Indian journal of veterinary science and animal husbandry - Volume 1,
Year: 1931
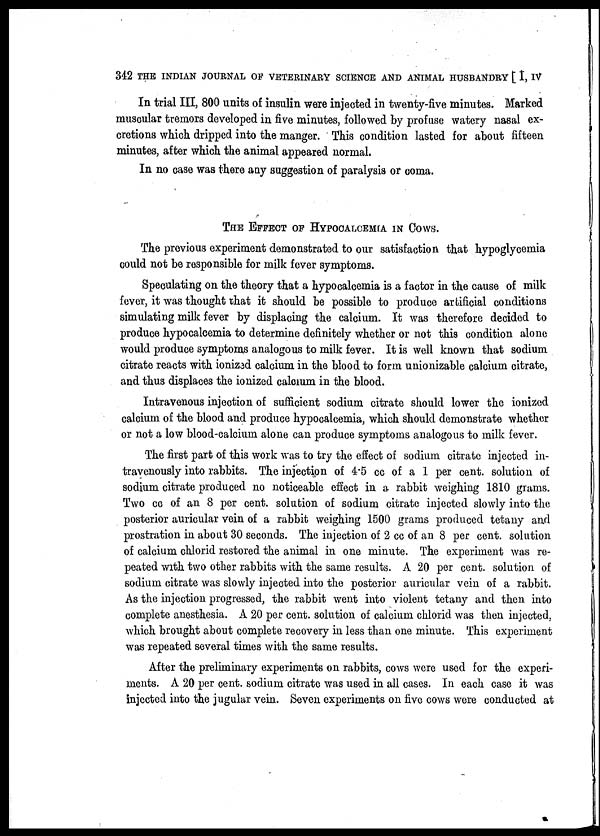
342 THE INDIAN JOURNAL OF VETERINARY SCIENCE AND ANIMAL HUSBANDRY [ I, IV
In trial III, 800 units of insulin were injected in twenty-five minutes. Marked
muscular tremors developed in five minutes, followed by profuse watery nasal ex-
cretions which dripped into the manger. This condition lasted for about fifteen
minutes, after which the animal appeared normal.
In no case was there any suggestion of paralysis or coma.
THE EFFECT OF HYPOCALCEMIA IN COWS.
The previous experiment demonstrated to our satisfaction that hypoglycemia
could not be responsible for milk fever symptoms.
Speculating on the theory that a hypocalcemia is a factor in the cause of milk
fever, it was thought that it should be possible to produce artificial conditions
simulating milk fever by displacing the calcium. It was therefore decided to
produce hypocalcemia to determine definitely whether or not this condition alone
would produce symptoms analogous to milk fever. It is well known that sodium
citrate reacts with ionized calcium in the blood to form unionizable calcium citrate,
and thus displaces the ionized calcium in the blood.
Intravenous injection of sufficient sodium citrate should lower the ionized
calcium of the blood and produce hypocalcemia, which should demonstrate whether
or not a low blood-calcium alone can produce symptoms analogous to milk fever.
The first part of this work was to try the effect of sodium citrate injected in-
travenously into rabbits. The injection of 4.5 cc of a 1 per cent. solution of
sodium citrate produced no noticeable effect in a rabbit weighing 1810 grams.
Two cc of an 8 per cent. solution of sodium citrate injected slowly into the
posterior auricular vein of a rabbit weighing 1500 grams produced tetany and
prostration in about 30 seconds. The injection of 2 cc of an 8 per cent. solution
of calcium chlorid restored the animal in one minute. The experiment was re-
peated with two other rabbits with the same results. A 20 per cent. solution of
sodium citrate was slowly injected into the posterior auricular vein of a rabbit.
As the injection progressed, the rabbit went into violent tetany and then into
complete anesthesia. A 20 per cent. solution of calcium chlorid was then injected,
which brought about complete recovery in less than one minute. This experiment
was repeated several times with the same results.
After the preliminary experiments on rabbits, cows were used for the experi-
ments. A 20 per cent. sodium citrate was used in all cases. In each case it was
injected into the jugular vein. Seven experiments on five cows were conducted at